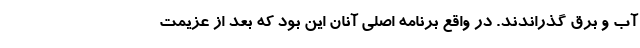
آب و برق گذراندند. در واقع برنامه اصلی آنان این بود که بعد از عزیمت